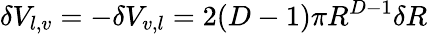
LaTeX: \delta V_{l,v}=-\delta V_{v,l}=2(D-1)\pi R^{D-1}\delta R